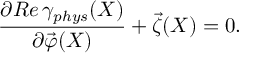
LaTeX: \frac { \partial R e \, \gamma _ { p h y s } ( X ) } { \partial \vec { \varphi } ( X ) } + \vec { \zeta } ( X ) = 0 .